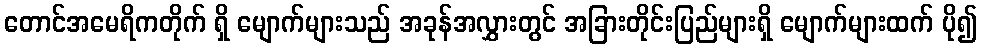
တောင်အမေရိကတိုက် ရှိ မျောက်များသည် အခုန်အလွှားတွင် အခြားတိုင်းပြည်များရှိ မျောက်များထက် ပို၍